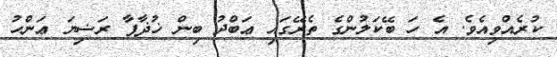
ކުރެއްވިއެވެ. އެ ހަ ބޭކަލުންގެ ތެރޭގައި ޢަބްދު ބިން ޚުޛާފާ ރަޟިޔަ ޢަންހު